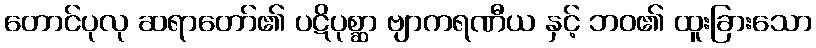
တောင်ပုလု ဆရာတော်၏ ပဋိပုစ္ဆာ ဗျာကရဏီယ နှင့် ဘဝ၏ ထူးခြားသော